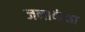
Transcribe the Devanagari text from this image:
जनाकंक्षा